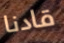
قادنا